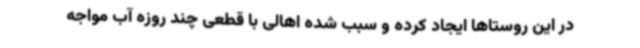
در این روستاها ایجاد کرده و سبب شده اهالی با قطعی چند روزه آب مواجه